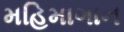
મહિમાગાન